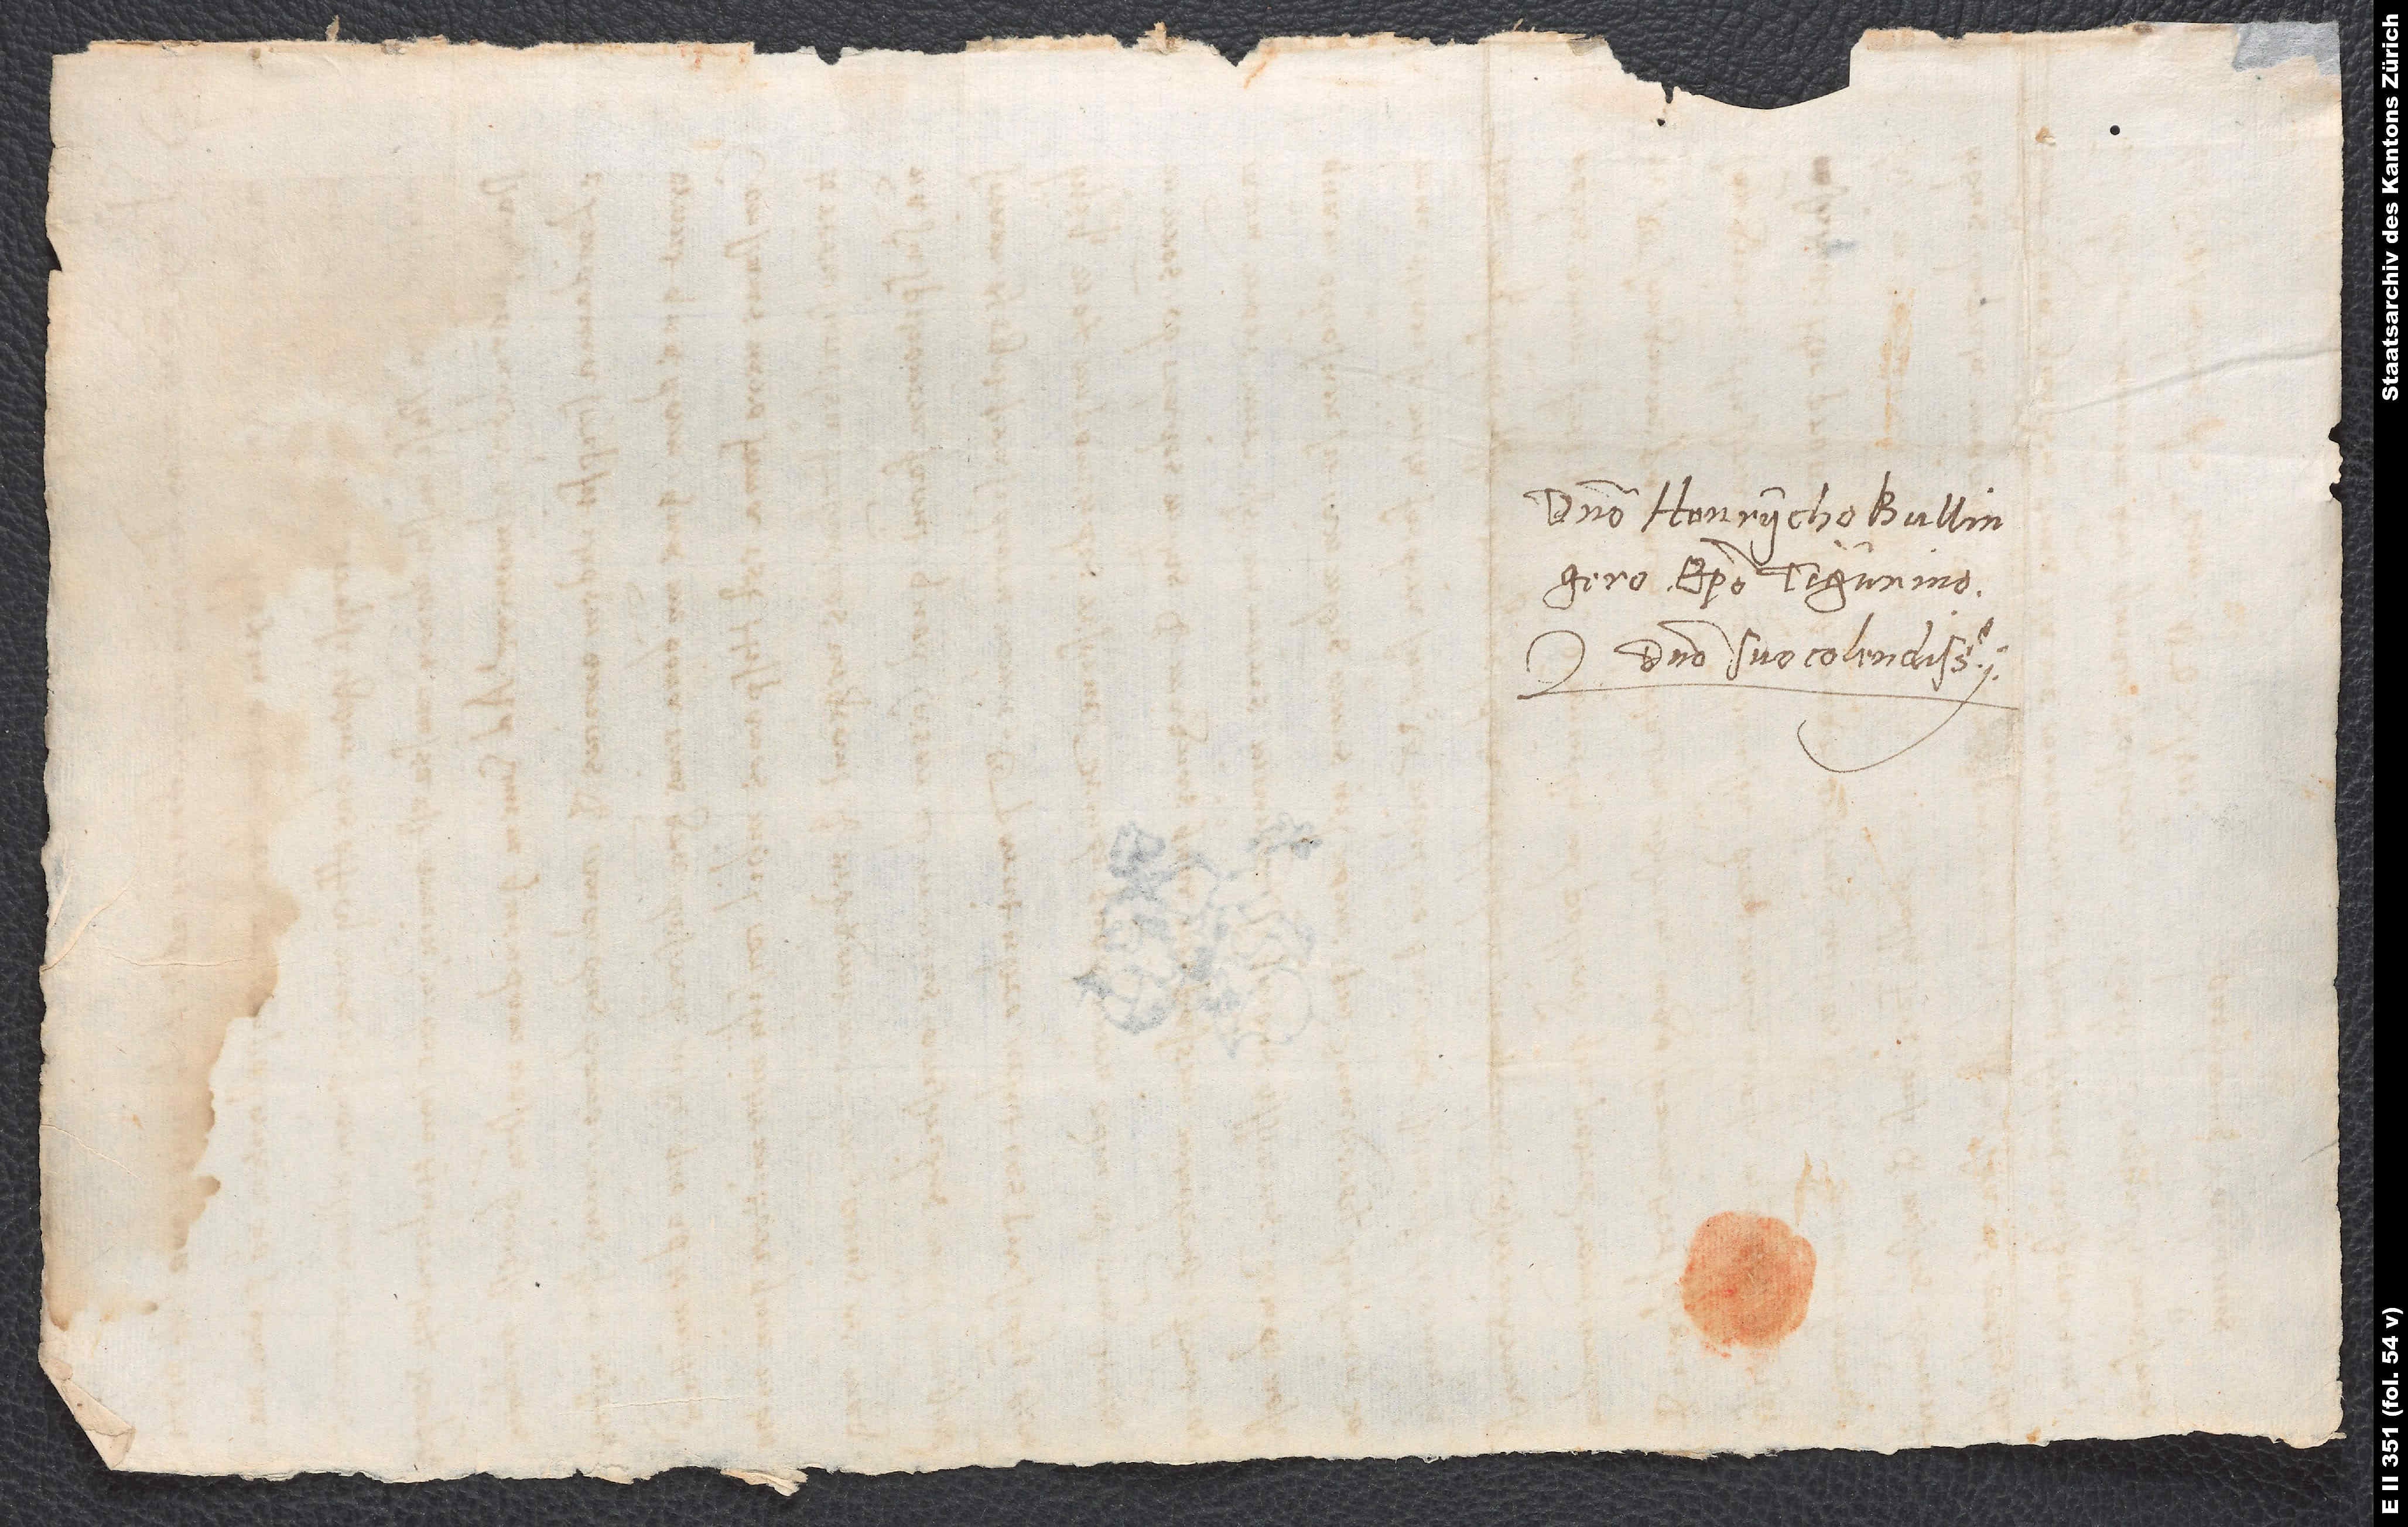
Domino Henrycho Bullingero,
episcopo Tigurino,
domino suo colendissimo.